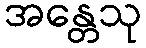
အန္တေသု